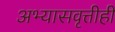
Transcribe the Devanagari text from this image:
अभ्यासवृत्तीही